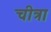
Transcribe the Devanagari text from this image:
चीत्रा